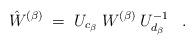
LaTeX: \begin{align*}\hat{W}^{(\beta)} \;=\; U_{c_\beta} \:W^{(\beta)} \:U_{d_\beta}^{-1} \;\;\; . \end{align*}